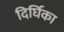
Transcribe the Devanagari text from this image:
दिर्घिका